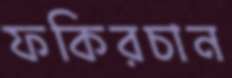
ফকিরচান